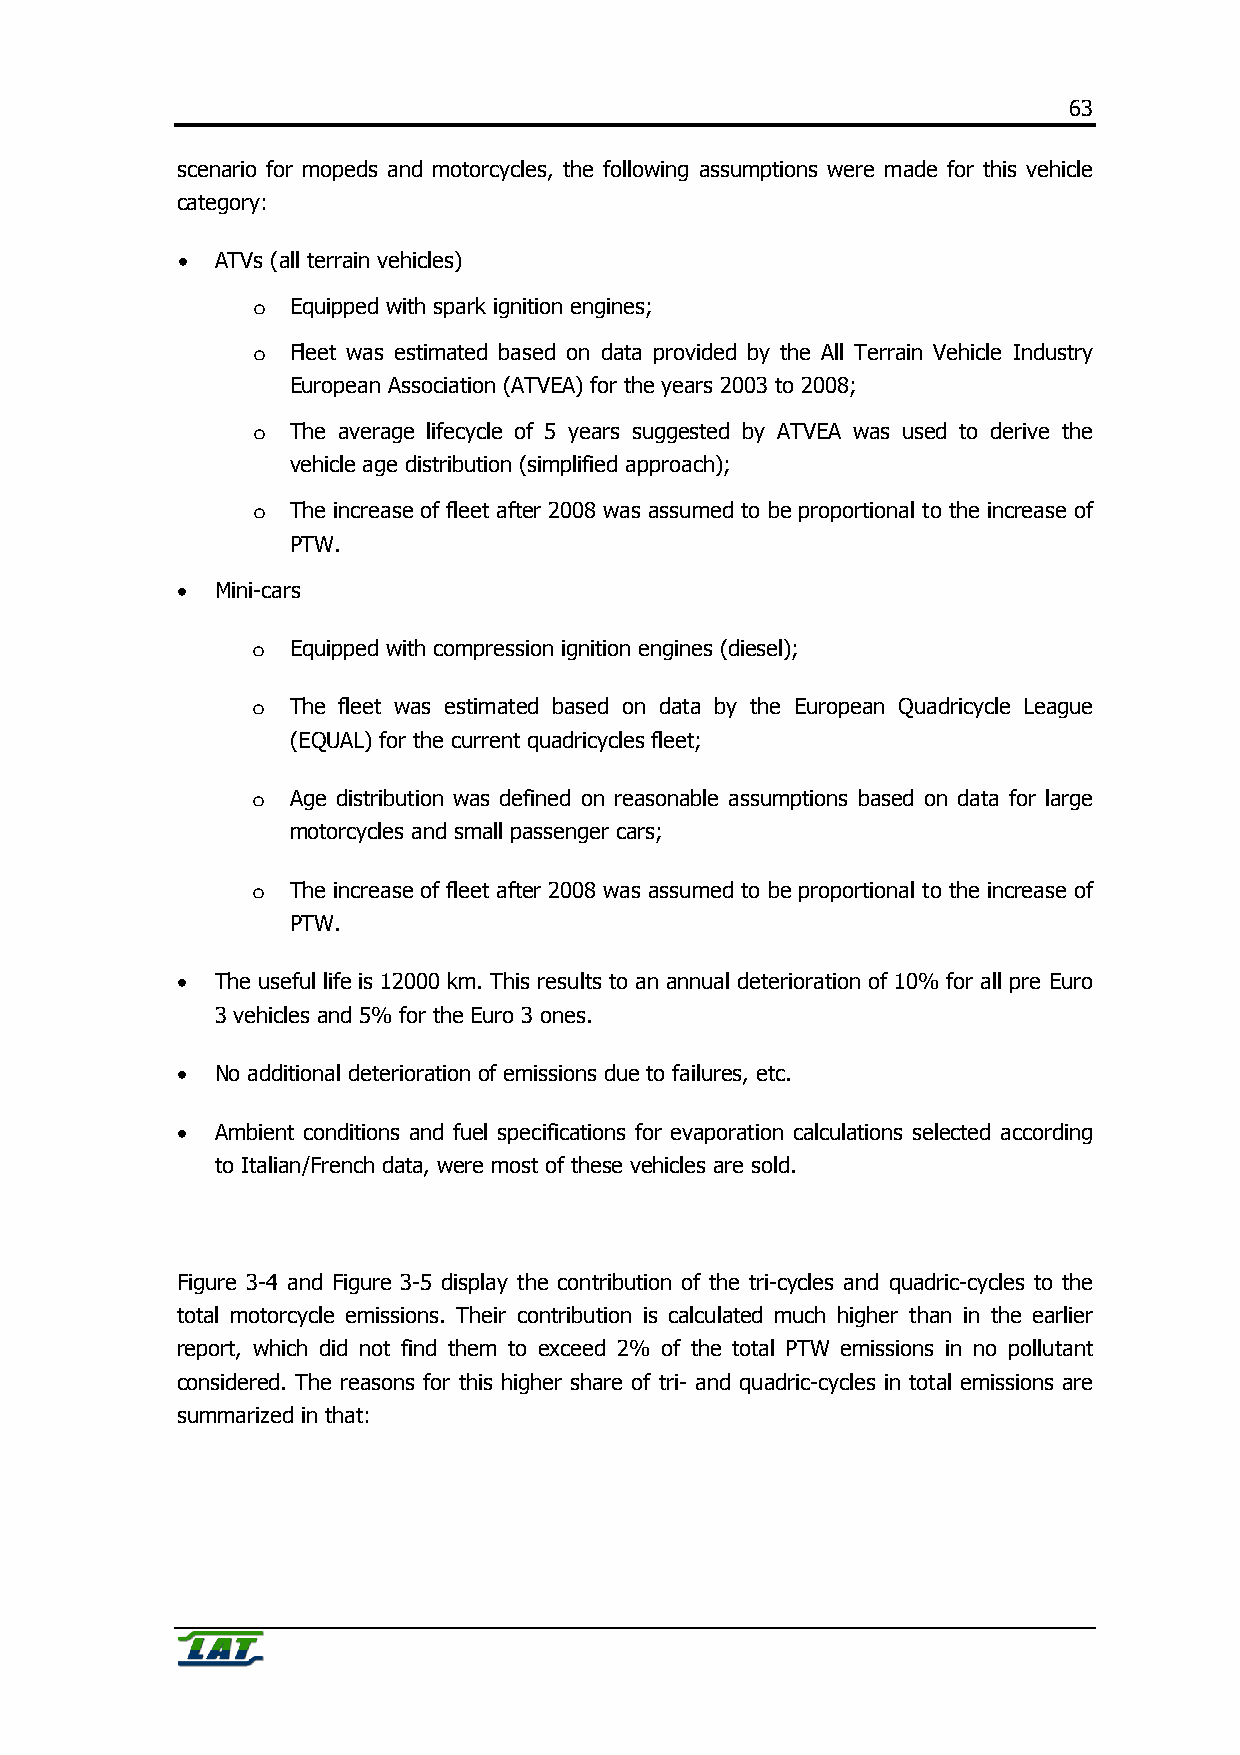
63
 scenario for mopeds and motorcycles, the following assumptions were made for this vehicle
 category:
 • ATVs (all terrain vehicles)
 o Equipped with spark ignition engines;
 o Fleet was estimated based on data provided by the All Terrain Vehicle Industry
 European Association (ATVEA) for the years 2003 to 2008;
 o The average lifecycle of 5 years suggested by ATVEA was used to derive the
 vehicle age distribution (simplified approach);
 o The increase of fleet after 2008 was assumed to be proportional to the increase of
 PTW.
 • Mini-cars
 o Equipped with compression ignition engines (diesel);
 o The fleet was estimated based on data by the European Quadricycle League
 (EQUAL) for the current quadricycles fleet;
 o Age distribution was defined on reasonable assumptions based on data for large
 motorcycles and small passenger cars;
 o The increase of fleet after 2008 was assumed to be proportional to the increase of
 PTW.
 • The useful life is 12000 km. This results to an annual deterioration of 10% for all pre Euro
 3 vehicles and 5% for the Euro 3 ones.
 • No additional deterioration of emissions due to failures, etc.
 • Ambient conditions and fuel specifications for evaporation calculations selected according
 to Italian/French data, were most of these vehicles are sold.
 Figure 3-4 and Figure 3-5 display the contribution of the tri-cycles and quadric-cycles to the
 total motorcycle emissions. Their contribution is calculated much higher than in the earlier
 report, which did not find them to exceed 2% of the total PTW emissions in no pollutant
 considered. The reasons for this higher share of tri- and quadric-cycles in total emissions are
 summarized in that: